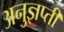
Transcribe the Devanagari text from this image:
अनुज्ञप्ती